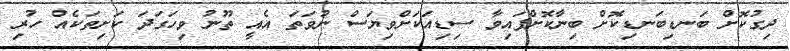
ދިގުކޮށް ބަނޑިބަނޑިކޮށް ބިނާކޮށްފައިވާ ސިޑިއަކަށްވިޔަސް ނުވަތަ އެއީ ތޫނު ވިހަގަދަ ކަށިތަކެއް ހުރި